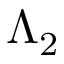
\Lambda _ { 2 }